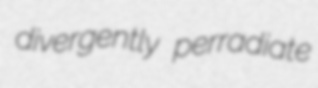
divergently perradiate